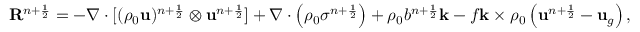
\mathbf { R } ^ { n + \frac { 1 } { 2 } } = - \nabla \cdot [ ( \rho _ { 0 } \mathbf { u } ) ^ { n + \frac { 1 } { 2 } } \otimes \mathbf { u } ^ { n + \frac { 1 } { 2 } } ] + \nabla \cdot \left( \rho _ { 0 } \sigma ^ { n + \frac { 1 } { 2 } } \right) + \rho _ { 0 } b ^ { n + \frac { 1 } { 2 } } \mathbf { k } - f \mathbf { k } \times \rho _ { 0 } \left( \mathbf { u } ^ { n + \frac { 1 } { 2 } } - \mathbf { u } _ { g } \right) ,